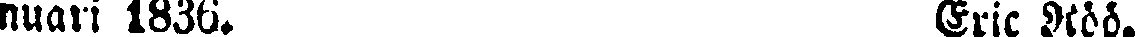
nvan 1836. Eric Röö.